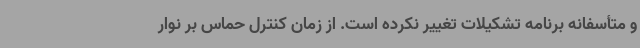
و متأسفانه برنامه تشکیلات تغییر نکرده است. از زمان کنترل حماس بر نوار